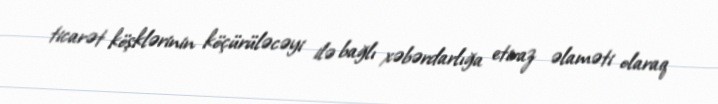
ticarət köşklərinin köçürüləcəyi ilə bağlı xəbərdarlığa etiraz əlaməti olaraq